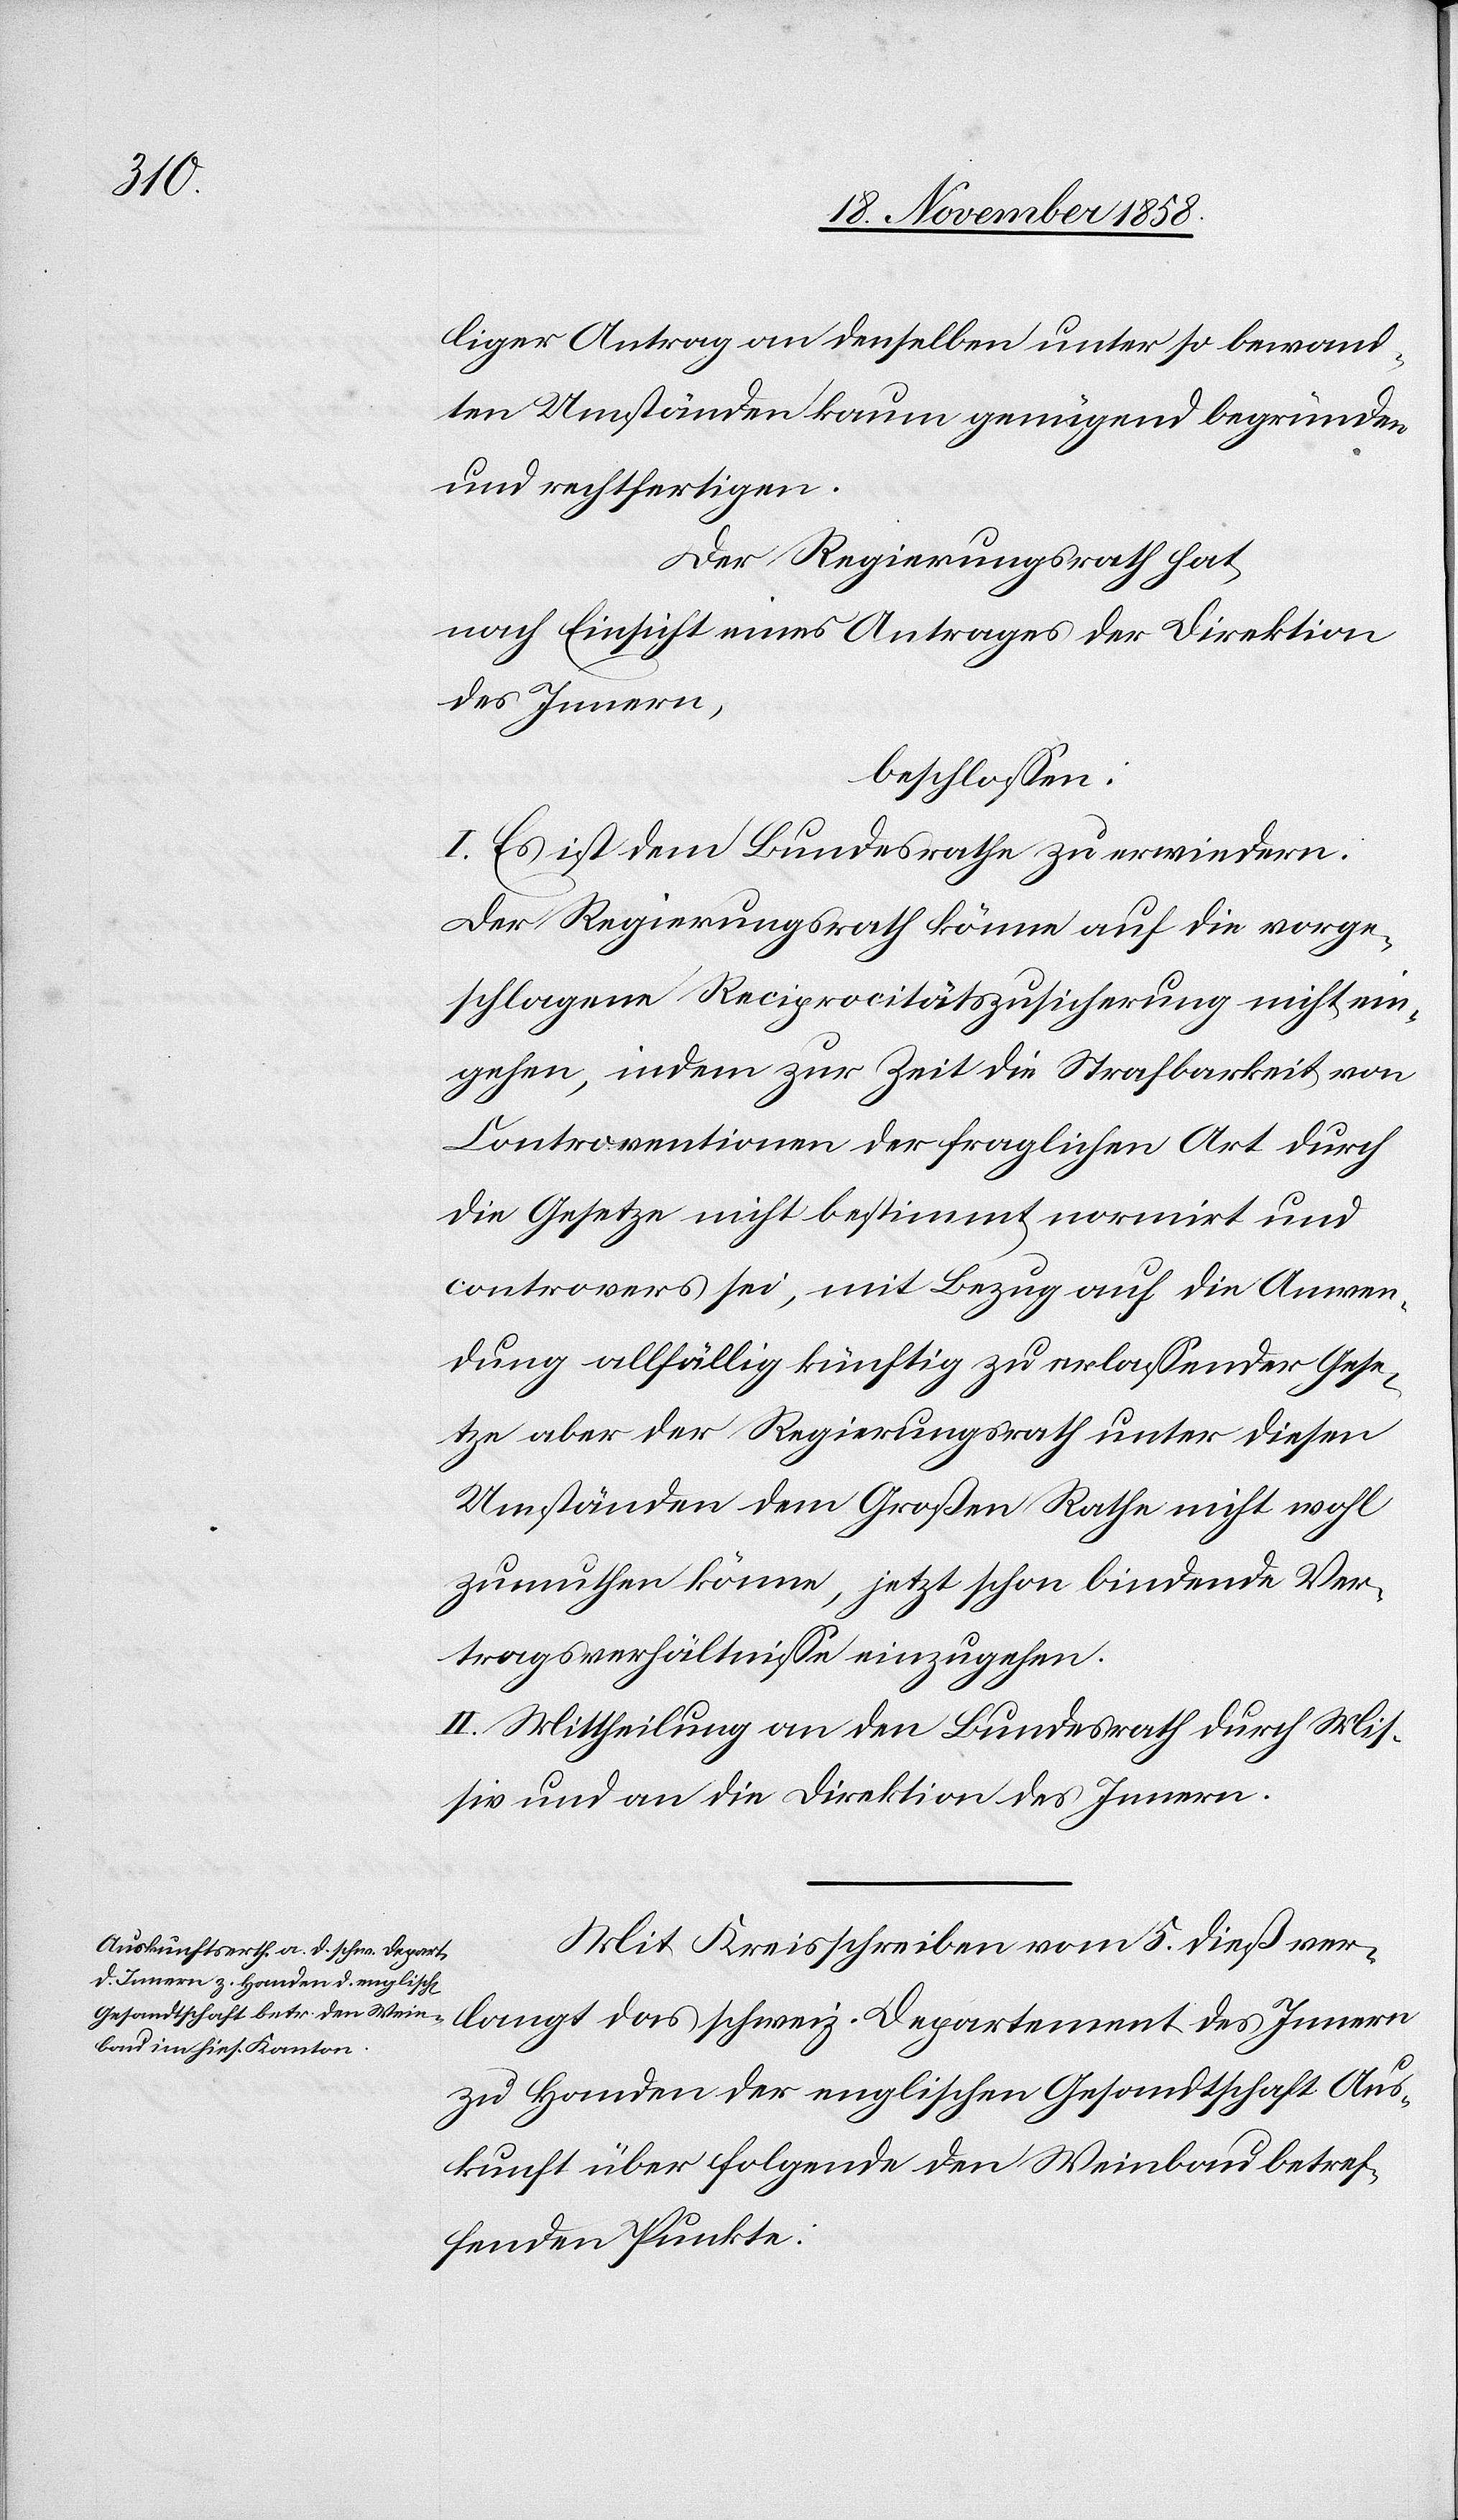
langt

liger Antrag an denselben unter so bewand¬
ten Umständen kaum genügend begründen
und rechtfertigen.
Der Regierungsrath hat,
nach Einsicht eines Antrages der Direktion
des Innern
beschlossen:
I. Es ist dem Bundesrathe zu erwiedern:
Der Regierungsrath könne auf die vorge¬
schlagene Reciprocitätszusicherung nicht ein¬
gehen, indem zur Zeit die Strafbarkeit von
Contraventionen] der fraglichen Art durch
die Gesetze nicht bestimmt normirt und
controvers sei, mit Bezug auf die Anwen¬
dung allfällig künftig zu erlassender Gese¬
tze aber der Regierungsrath unter diesen
Umständen dem Großen Rathe nicht wohl
zumuthen könne, jetzt schon bindende Ver¬
tragsverhältnisse einzugehen.
II. Mittheilung an den Bundesrath durch Mis¬
siv und an die Direktion des Innern.
Mit Kreisschreiben vom 5. dieß ver¬
zu Handen der englischen Gesandtschaft Aus¬
kunft über folgende den Weinbau betref¬
fenden Punkte: